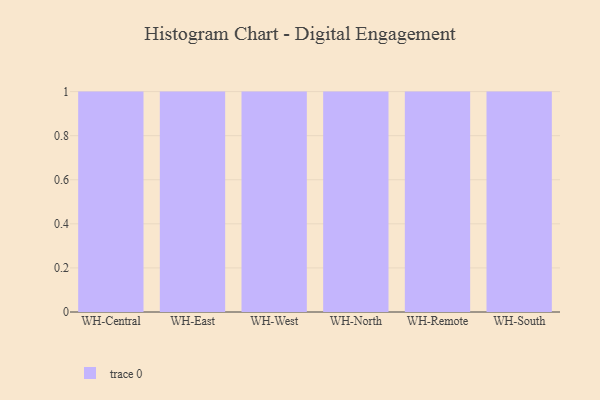
{"axis": {"x": "Warehouse", "y": "Tickets Resolved"}, "legend": [""], "data": [{"x": "WH-Central", "y": 40, "type": ""}, {"x": "WH-East", "y": 57, "type": ""}, {"x": "WH-West", "y": 41, "type": ""}, {"x": "WH-North", "y": 27, "type": ""}, {"x": "WH-Remote", "y": 97, "type": ""}, {"x": "WH-South", "y": 7, "type": ""}]}